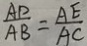
\frac { A D } { A B } = \frac { A E } { A C }